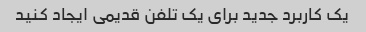
یک کاربرد جدید برای یک تلفن قدیمی ایجاد کنید